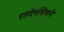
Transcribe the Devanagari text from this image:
बलदेवसिंगाने